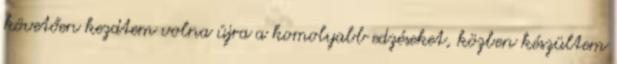
követően kezdtem volna újra a komolyabb edzéseket, közben készültem